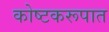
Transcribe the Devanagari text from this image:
कोष्टकरूपात